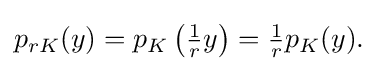
{\textstyle p_{rK}(y)=p_{K}\left({\tfrac {1}{r}}y\right)={\tfrac {1}{r}}p_{K}(y).}